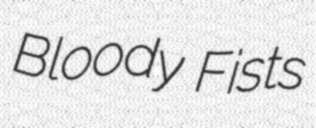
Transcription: Bloody Fists